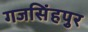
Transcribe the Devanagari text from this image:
गजसिंहपुर